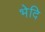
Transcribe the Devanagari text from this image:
भेदि